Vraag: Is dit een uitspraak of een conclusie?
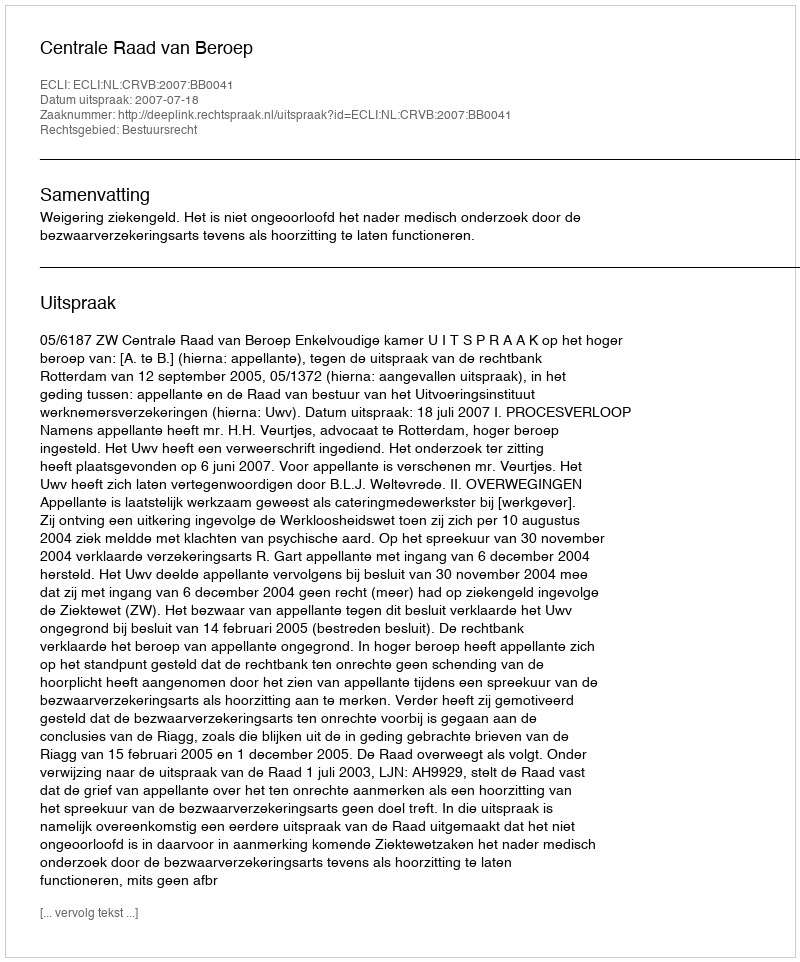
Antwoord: Uitspraak